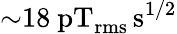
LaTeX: {\sim}18~\mathrm{pT_{rms}\, s^{1/2}}